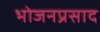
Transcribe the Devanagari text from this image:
भोजनप्रसाद